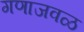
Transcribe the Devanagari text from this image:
गणाजवळ